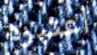
اعتبره